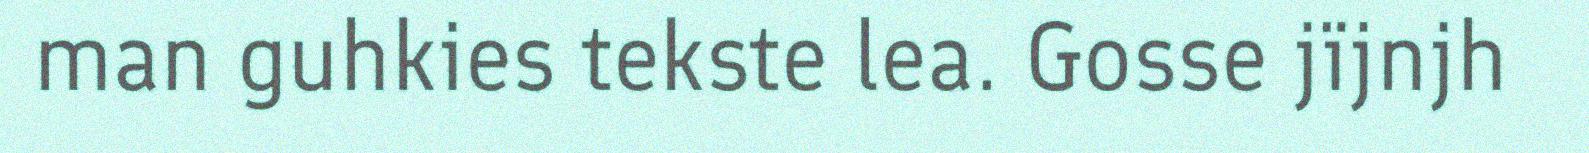
man guhkies tekste lea. Gosse jïjnjh